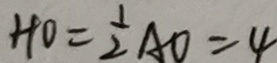
H O = \frac { 1 } { 2 } A O = 4